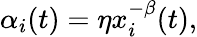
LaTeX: \begin{array}{r}{\alpha_{i}(t)=\eta x_{i}^{-\beta}(t),}\end{array}